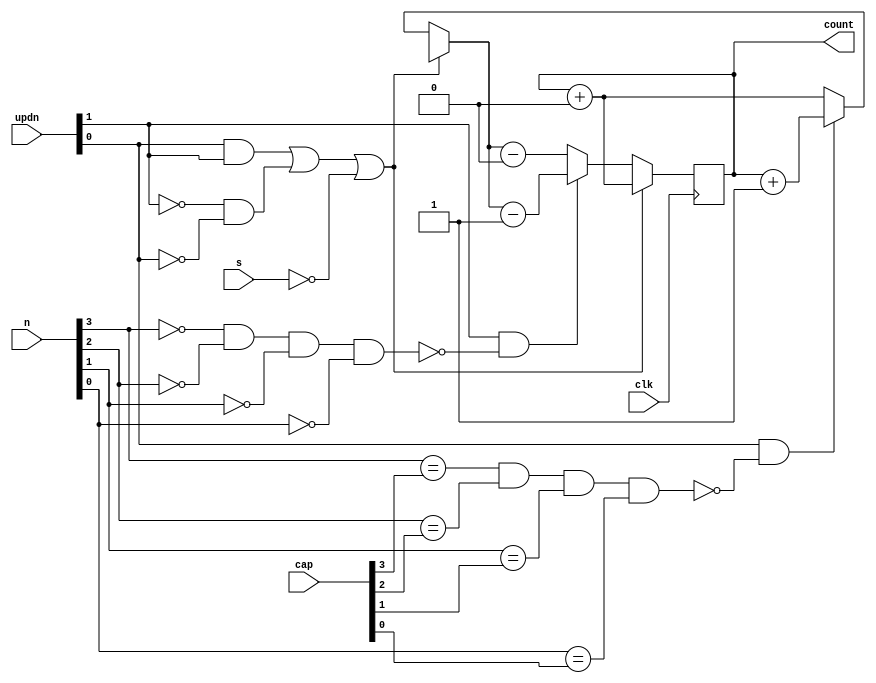
module Counter(clk,updn,count,cap,s,n);
	input clk,s;
	input [1:0] updn;
	input [3:0] cap,n;
	output [3:0] count;
	integer z=0;
	reg [3:0] count;
	
always @(posedge clk) begin
	if((updn[0]==1 && updn[1] == 1)||(updn[1]==0&&updn[0]==0)||(s==0))begin
		count = count + 1'b0;
	end
	else begin
		if(updn[0] == 1 && !(n[3]==cap[3] && n[2]==cap[2] && n[1]==cap[1] && n[0]==cap[0])) begin
			count = count + 1'b1;
		end 
		else begin
			count = count +1'b0;
		end
		if(updn[1] == 1 && !(n[3]==z && n[2]==z && n[1]==z && n[0]==z)) begin
			count = count - 1'b1;
			end
		else begin
			count = count-1'b0;
		end
	end
end
endmodule